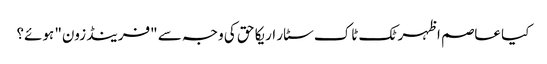
کیا عاصم اظہر ٹک ٹاک سٹار اریکا حق کی وجہ سے "فرینڈ زون" ہوئے؟